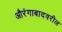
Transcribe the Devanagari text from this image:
औरंगाबादवरील